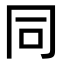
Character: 同